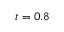
t = 0 . 8